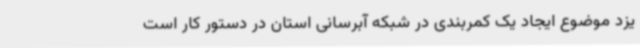
یزد موضوع ایجاد یک کمربندی در شبکه آبرسانی استان در دستور کار است